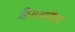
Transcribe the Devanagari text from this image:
डिसअपीयर